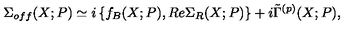
\Sigma _ { o f f } ( X ; P ) \simeq i \left\{ f _ { B } ( X ; P ) , R e \Sigma _ { R } ( X ; P ) \right\} + i \tilde { \Gamma } ^ { ( p ) } ( X ; P ) ,